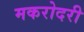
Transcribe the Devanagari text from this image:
मकरोदरी